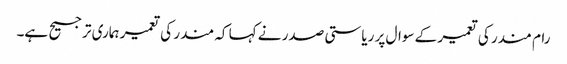
رام مندر کی تعمیر کے سوال پر ریاستی صدر نے کہا کہ مندر کی تعمیر ہماری ترجیح ہے۔